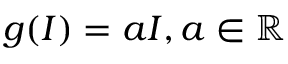
g ( I ) = a I , a \in \mathbb { R }